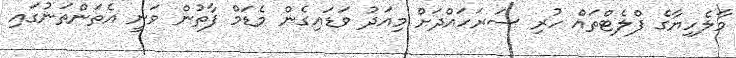
މާލެހިޔާގެ ފްލެޓްތައް ހުރި ސަރަހައްދަށް މިއަދު ވަޑައިގެން މެޑަމް ފާތުން ވަނީ އެތަންތަނުގައި